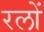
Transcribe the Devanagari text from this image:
रलों